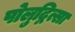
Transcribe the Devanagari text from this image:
पोलुद्नित्सा